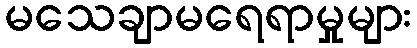
မသေချာမရေရာမှုများ